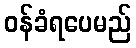
ဝန်ခံရပေမည်